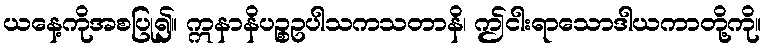
ယနေ့ကိုအစပြု၍။ ဣနာနိပဉ္စဥပါသကသတာနိ၊ ဤငါးရာသောဒါယကာတို့ကို။